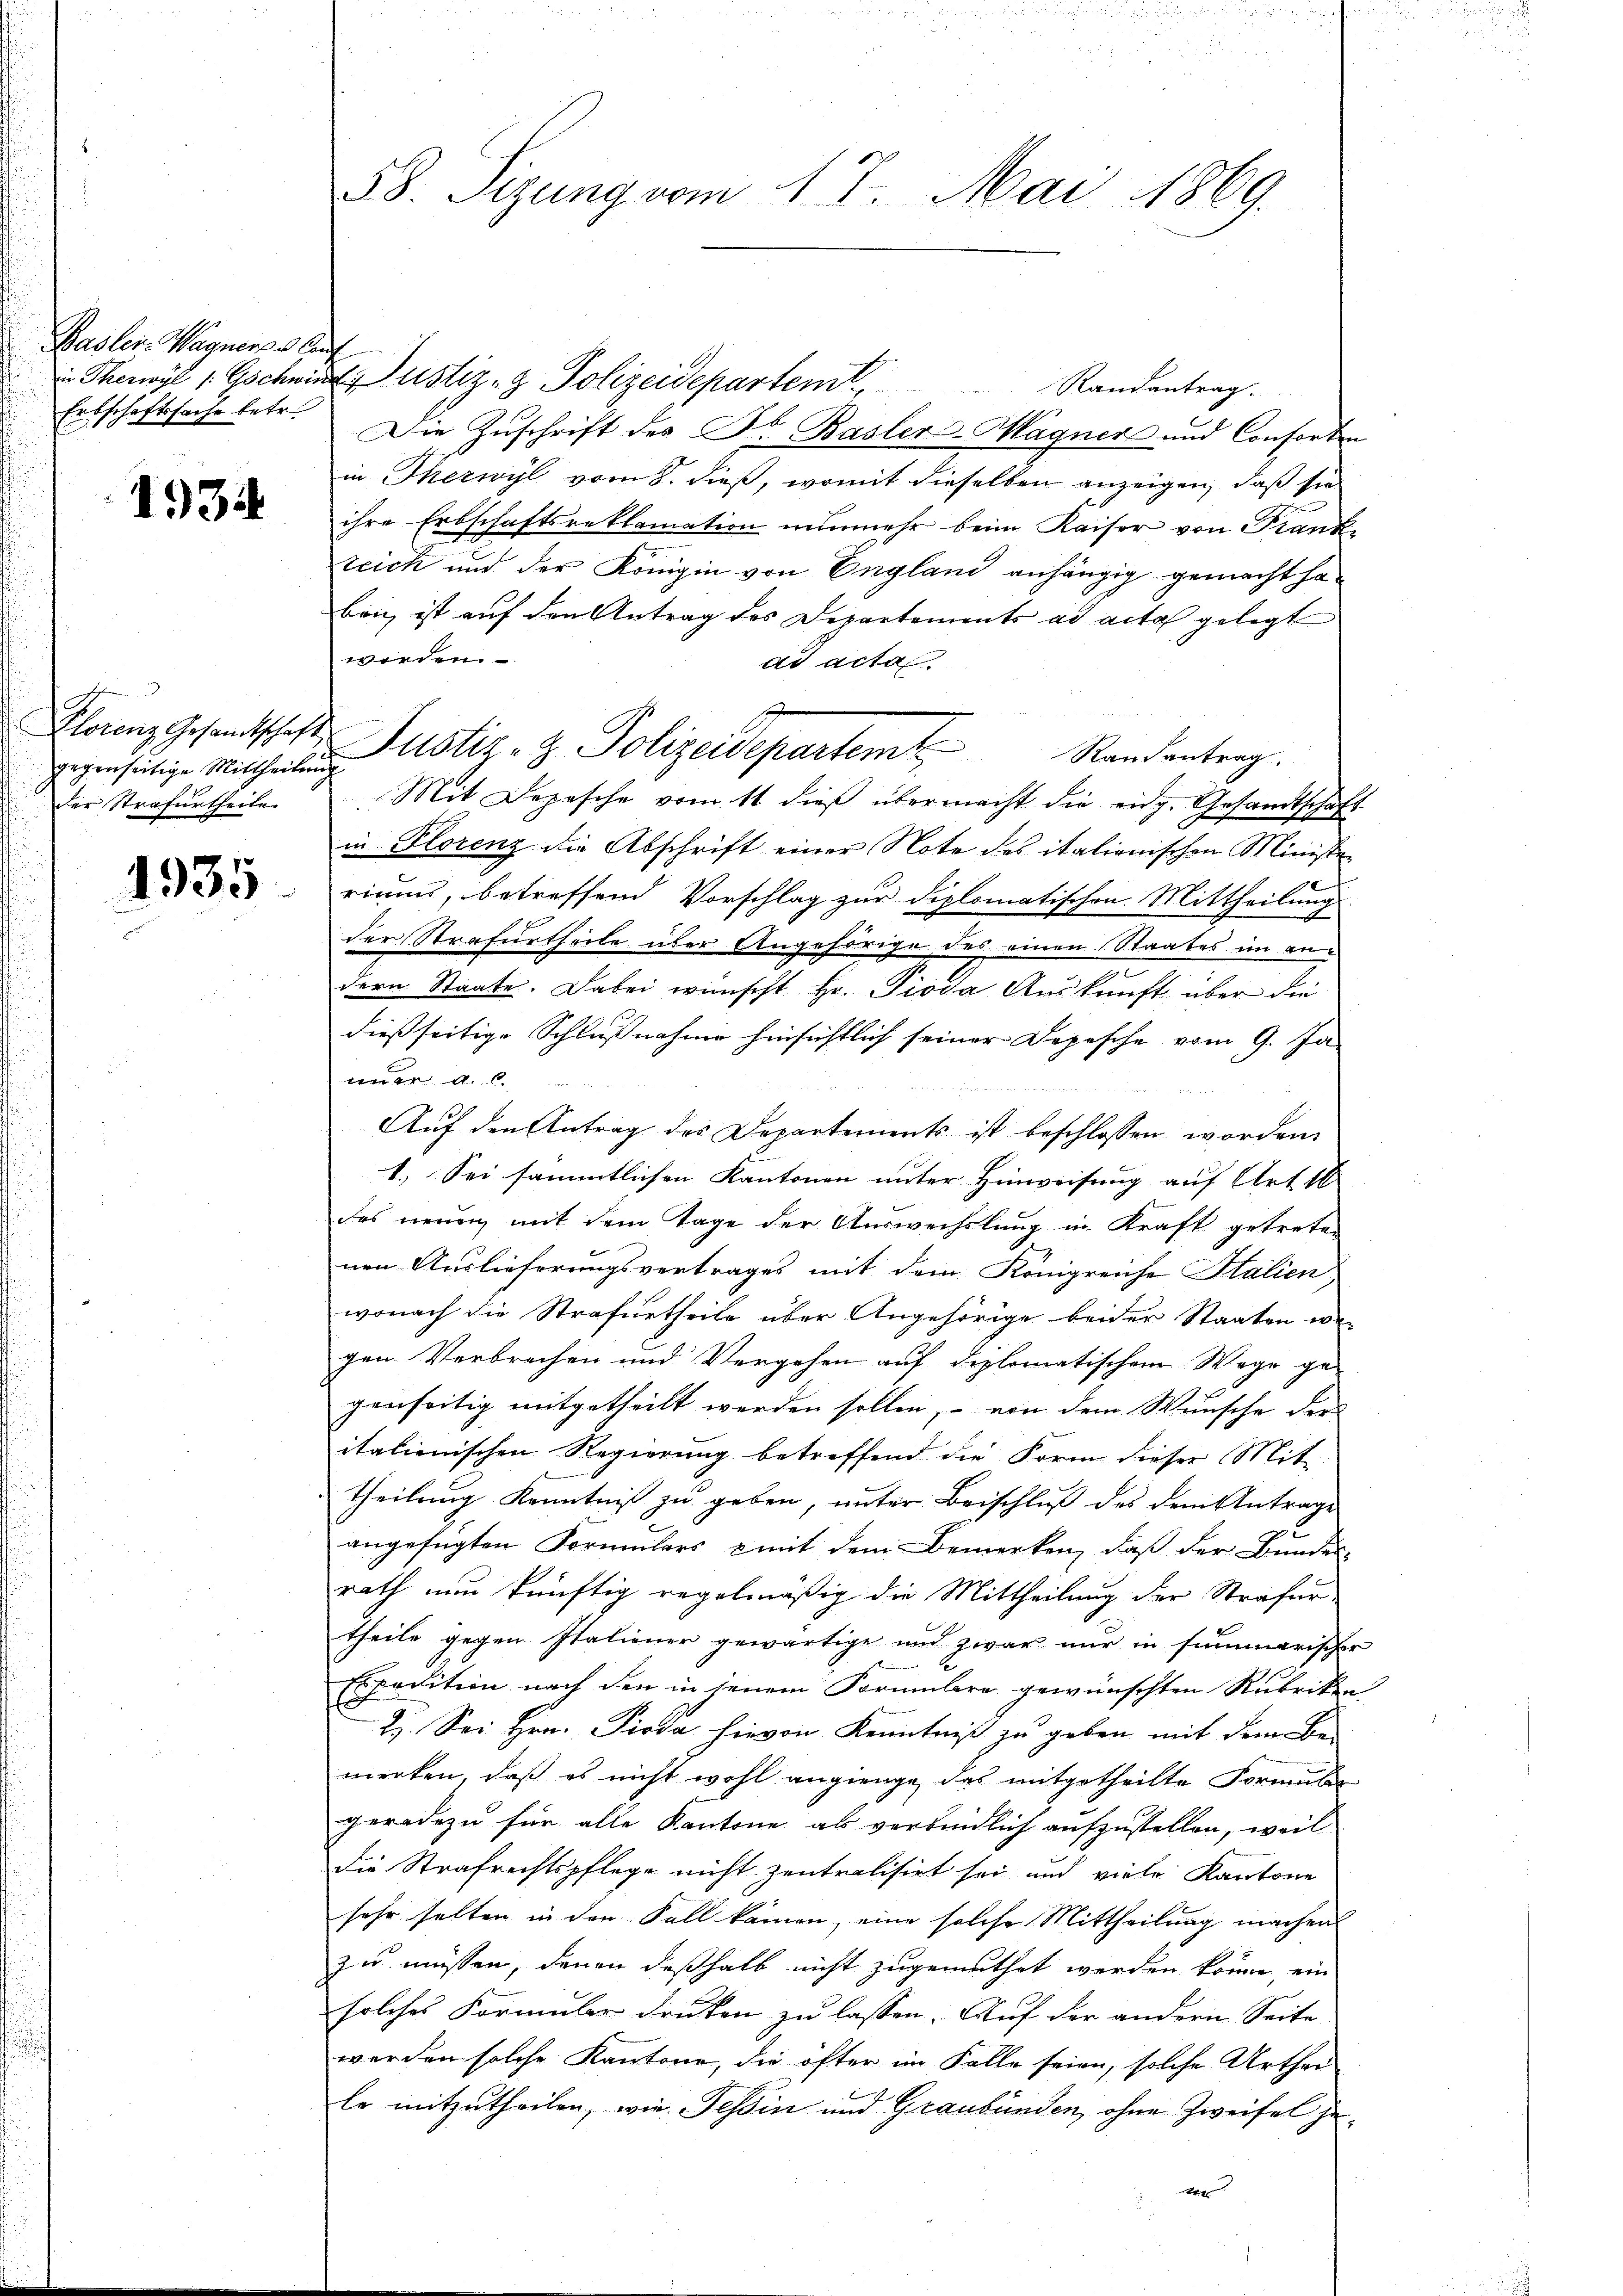
Basler Wagners lauf
Erbschaftssache betr.

1934

gegenseitige Mittheilung
der Strafurtheile

1935

58. Sizung vom 17. Mai 1869.

in Theuwyl 1 Gschwind ustiz- & Polizeidepartemt
Randantrag.
Die Zuschrift des Dr. Basler-Wagners und Consorten
in Therwyl vom 8. dieß, womit dieselben anzeigen, daß sie
ihre Erbschaftsreklamation nunmehr beim Kaiser von Frank-
teich und der Königin von England anhängig gemacht haben ist auf den Antrag des Departements ad acta gelegt
worden.
ad acta.
Klanz Gesandtschaft Justiz- & Polizeidepartem Randantrag.
Mit Depesche vom 11 dieβ übermacht die eidg. Gesandtschaft
in Plorenz die Abschrift einer Note des italionischen Ministe
riums, betreffend Vorschlag zur Diplomatischen Mittheilung
der Strafurtheile über Angehörige des einen Staates im andern Staate. Dabei wünscht Hr. Pioda Auskunft über die
dießseitige Schlussnahme hinsichtlich seiner Depesche vom 9. Ja
nuer a. c.

Aŭf den Antrag des Departements ist beschlossen worden.
1.) Sei sämmtlichen Kantonen unter Hinweisung auf Art 16
des neuen mit dem Tage der Auswechslung in Kraft getreten
nen Auslieferungsvertrages mit dem Königreiche Stalien
wonach die Strafurtheile über Angehörige beider Staaten we-
gen Verbrechen und Vergehen auf diplomatischem Wege gegenseitig mitgetheilt werden sollen, – von dem Wunsche der
italienischen Regierung betreffend die Form dieser Mit-
Theilung Kenntniß zu geben, unter Beischluß des dem Antrage
angefügten Formulars & mit dem Bemerken, daß der Bundes-
rath nun künftig regelmäßig die Mittheilung der Strafer
theile gegen Italiener gewärtige und zwar nur in summarischer
Expedition nach den in jenem Formulare gewünschten Rubriken
2. Sei Hrn. Pioda hievon Kenntniß zu geben mit dem Be-
merken, daß es nicht wohl angienge, das mitgetheilte Formular
geradezu für alle Kantone als verbindlich aufzustellen, weil
die Strafrechtspflege nicht zentralisirt sei und viele Kantone
sehr selten in den Fall kämen, eine solche Mittheilung machen
zu müssen, denen deßhalb nicht zugemuthet werden könne, ein
solches Formuler Drucken zu lassen. Auf der andern Seite
werden solche Kantone, die öfter im Falle seien, solche Urthei
le mitzutheilen, wie Tessin und Graubünden, ohne Zweifel zue